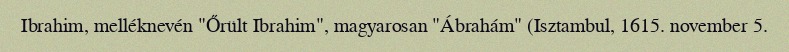
Ibrahim, melléknevén "Őrült Ibrahim", magyarosan "Ábrahám" (Isztambul, 1615. november 5.